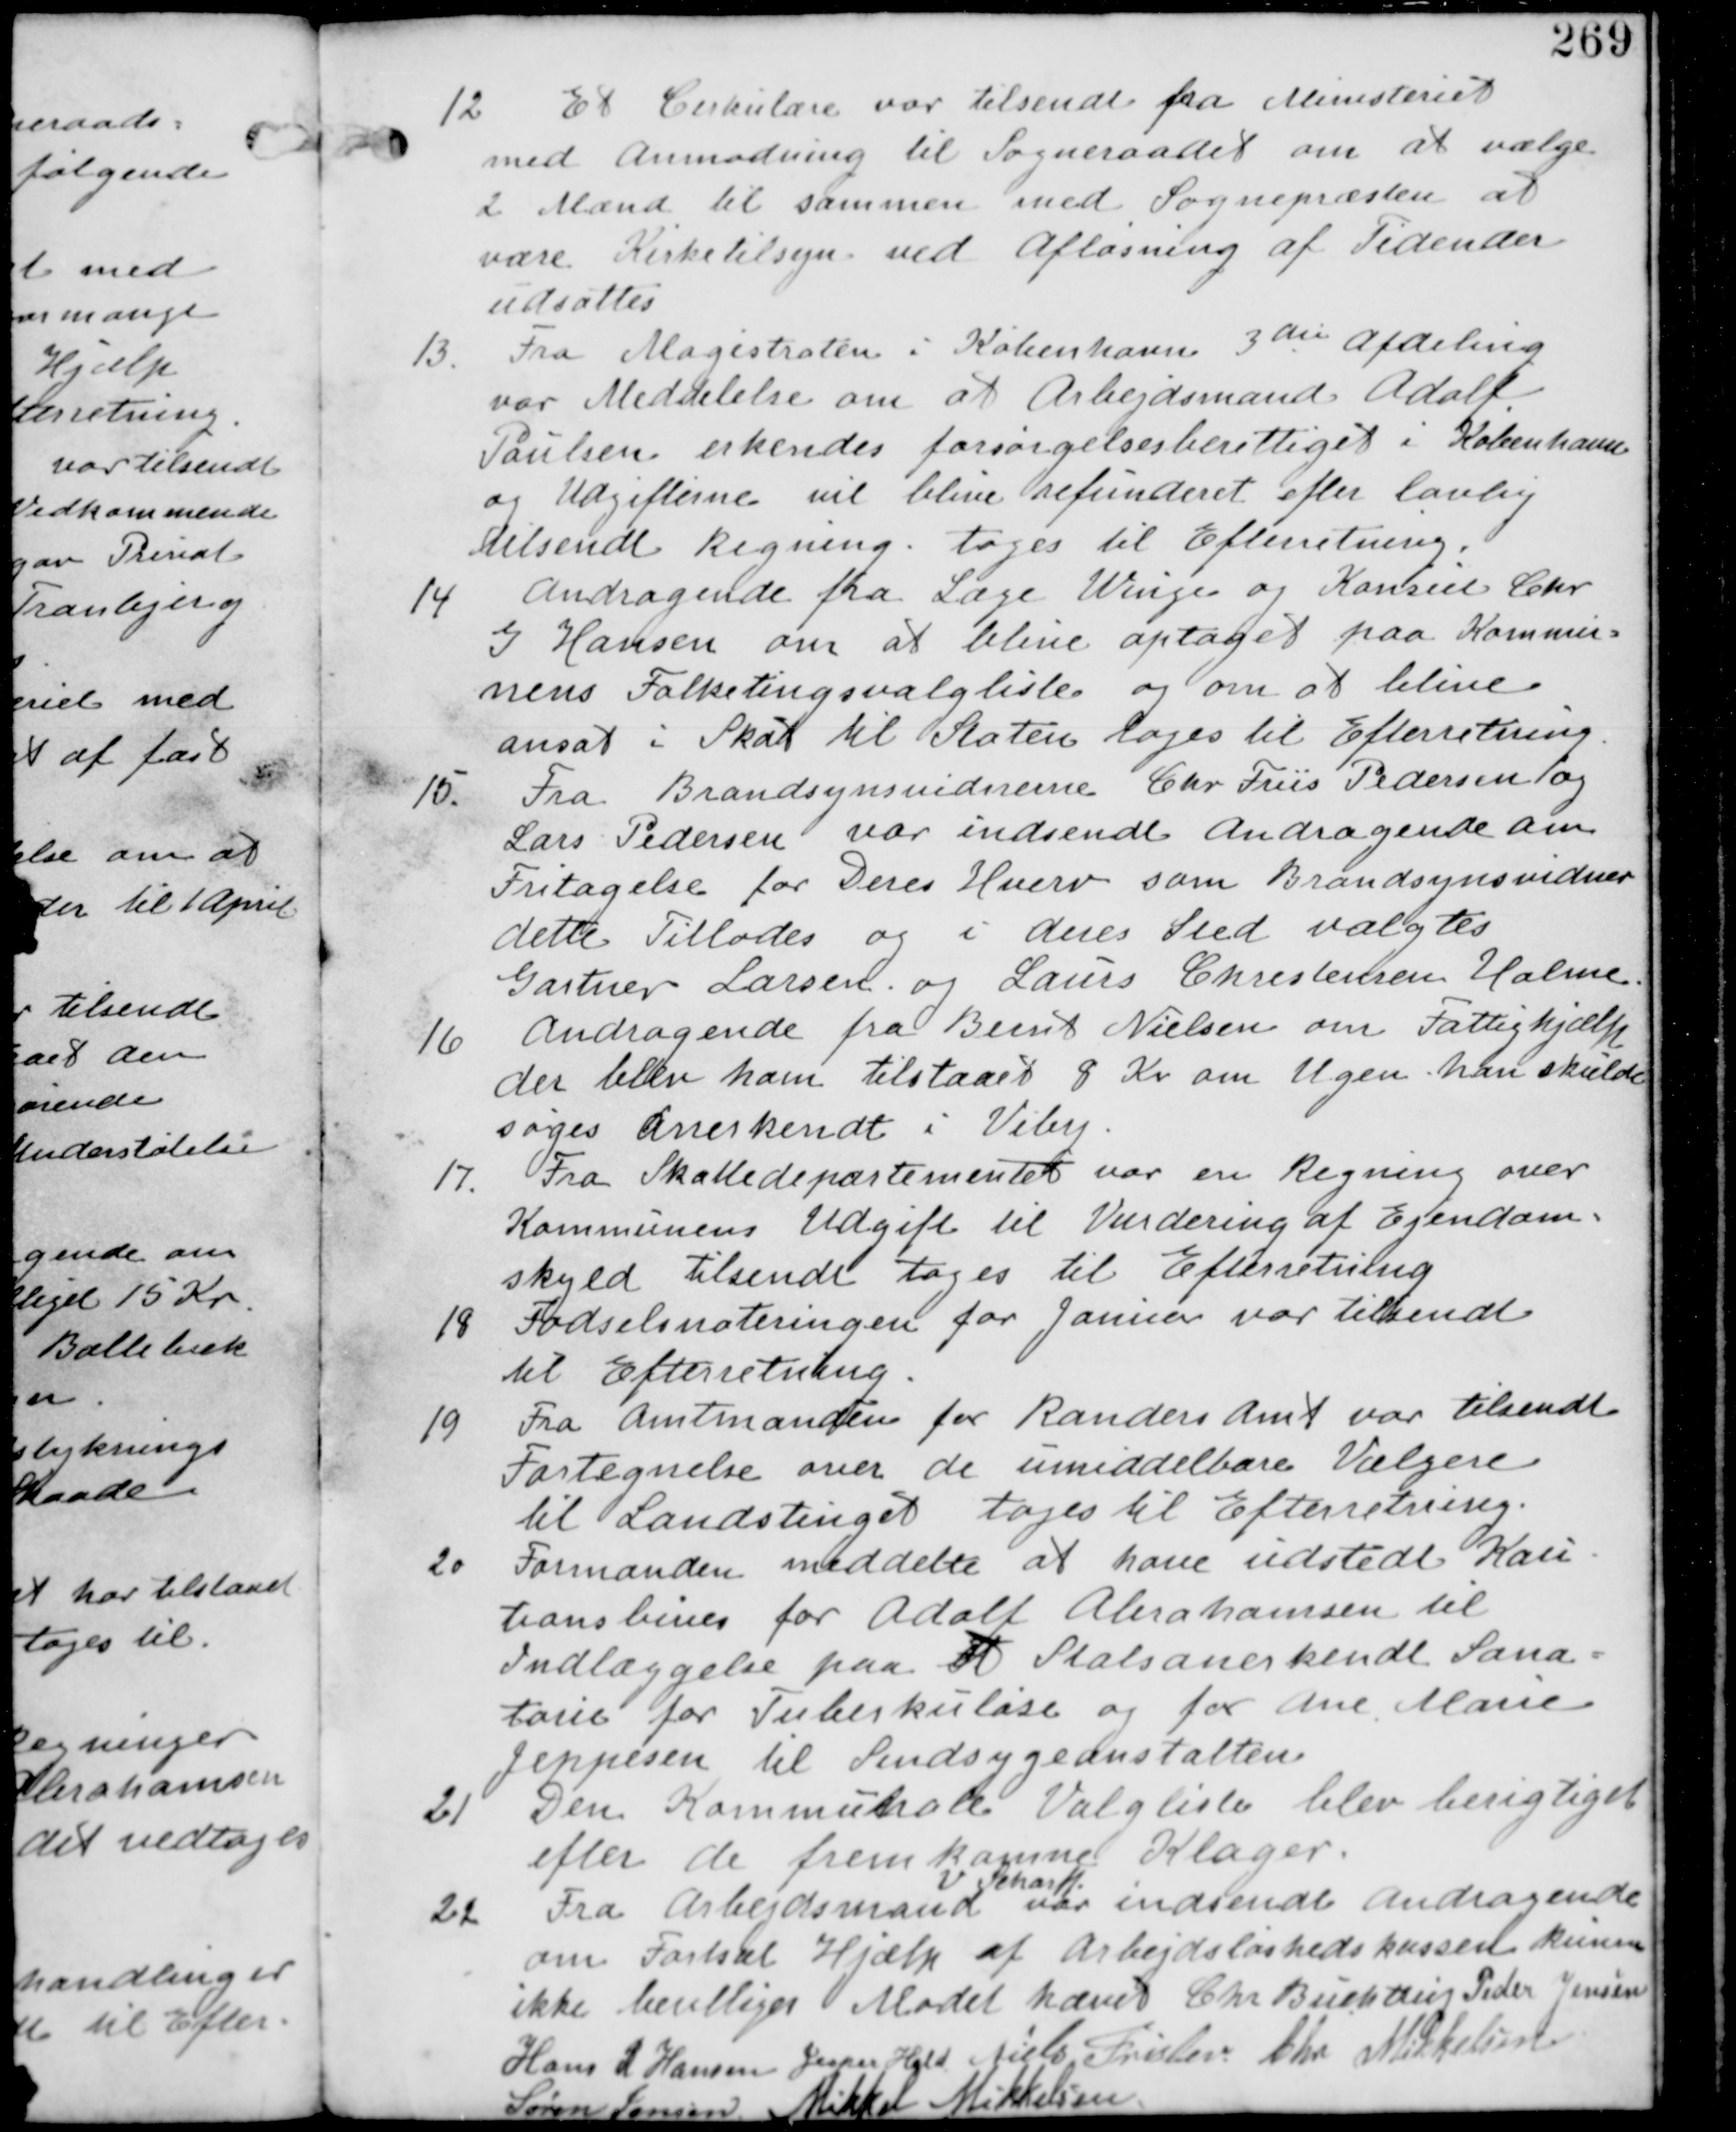
Transskription:
12 Et Cirkulære var tilsendt fra Ministeriet
med Anmodning til Sogneraadet om at vælge
2 Mænd til sammen med Sognepræsten at
være Kirketilsyn ved Afløsning af Tidender
udsættes

13
Fra Magistraten i København 3die Afdeling
var Meddelse om at Arbejdsmand Adolf
Paulsen erkendes forsørgelsesberettiget i København
og Udgifterne vil blive refunderet efter lovlig
tilsendt Regning. tages til Efterretning.

14
Andragende fra Læge Winge og Konsul Chr
G Hansen om at blive optaget paa Kommu-
nens Folketingsvalgliste og om at blive
ansat i Skat til Staten tages til Efterretning

15. Fra Brandsynsvidnerne Chr Friis Pedersen og
Lars Pedersen var indsendt Andragende om
Fritagelse for Deres Hverv som Brandsynsvidner
dette Tillades og i deres Sted valgtes
Gartner Larsen og Laues Christensen Holme

16 Andragende fra Bent Nielsen om Fattighjælp
der blev tilstaaet 8 Kr om Ugen. han skulde
søges anerkendt i Viby.

17. Fra Skattedepartementet var en Regning over
Kommunens Udgifter til Vurdering af Ejendom-
skyld tilsendte tages til Efterretning.

18. Fødselsnoteringen for Januar var tilsendt
til Efterretning.

19 Fra Amtsmanden for Randers Amt var tilsendt
Fortegnelse over de umiddelbare Vælgere
til Landstinget tages til Efterretning

20 Formanden meddelte at have udstedt Kau-
tions bines for Adolf Abrahamsen til
Indlæggelse paa et Statsanerkendt Sana-
torie for Tuberkulose og for Ane Marie
Jeppesen til Sindsygeanstalten

21. Den Kommunale Valgliste blev berigtiget
efter de fremkomne Klager.

22 Fra Arbejdsmand
V Sharff
var Indsendt Andragende
om Fortsat Hjælp af Arbejdsløshedskassen kunne
ikke bevilliges
Mødet hævet Chr Buchtrup Peder Jensen
Hans R Hansen Jesper Hald Niels Frislev Chr Mikkelsen
Søren Jensen Mikkel Mikkelsen